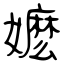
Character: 嬷